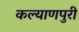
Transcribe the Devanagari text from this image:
कल्याणपुरी